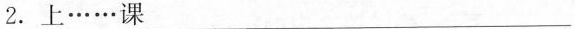
2.上……课______________